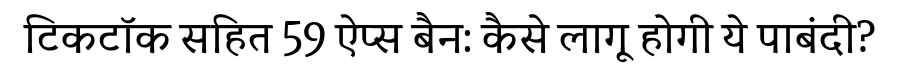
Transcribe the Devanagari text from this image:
टिकटॉक सहित 59 ऐप्स बैन: कैसे लागू होगी ये पाबंदी?